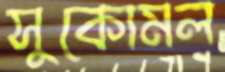
সুকোমল